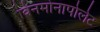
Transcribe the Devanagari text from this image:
विनमोनापोलेट